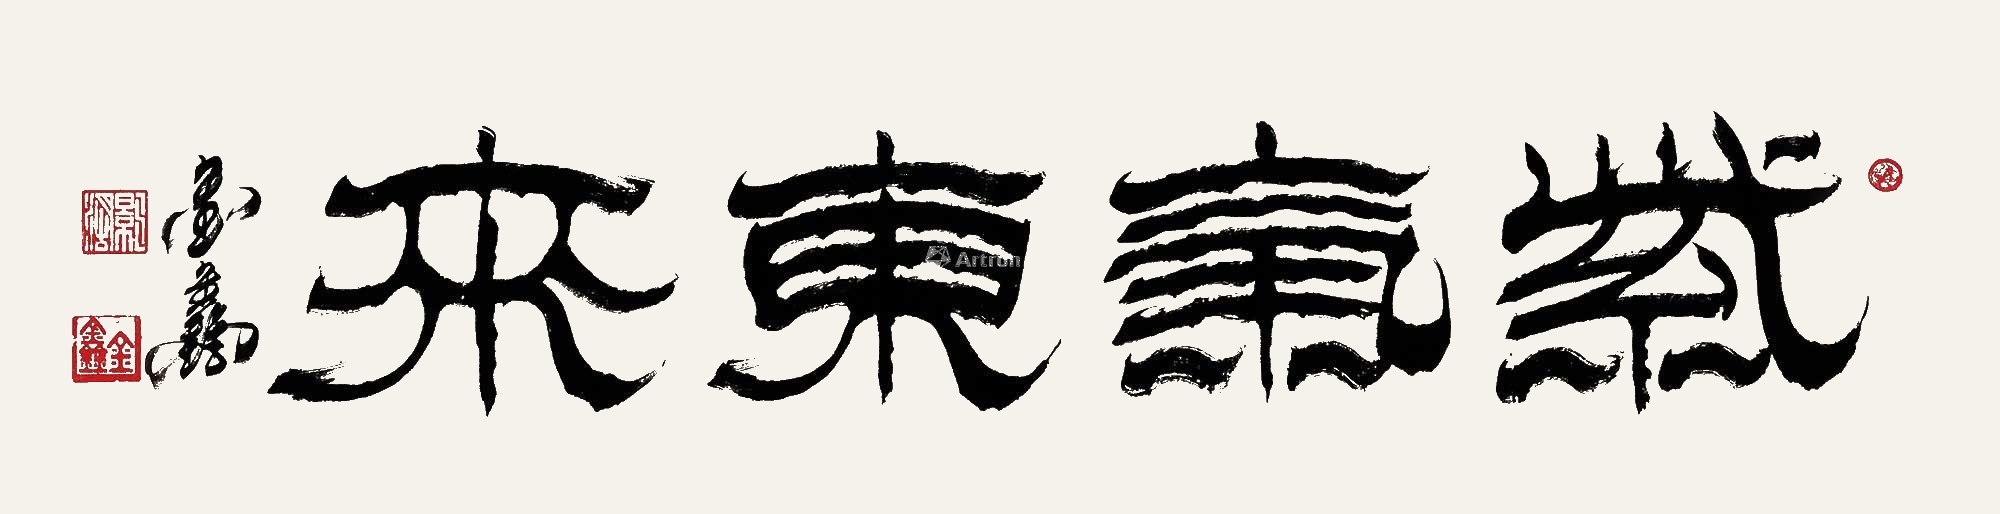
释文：紫气东来金鑫